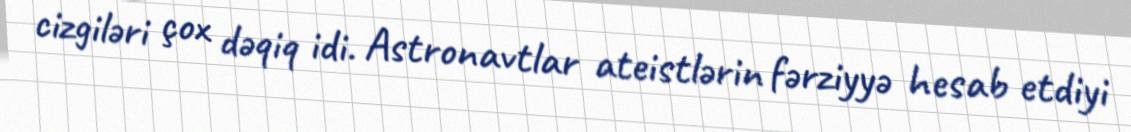
cizgiləri çox dəqiq idi. Astronavtlar ateistlərin fərziyyə hesab etdiyi